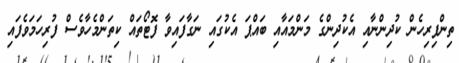
ތިންފިރިހެން ކުދިންނާއި އެކުދިންގެ މަންމައާއި ބައްޕަ އެކުގައި ނަގާފައިވާ ފޮޓޯތައް ކިތަންމެހާވެސް ފުރިހަމަވެފައި